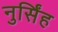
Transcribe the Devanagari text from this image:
नुर्सिंह